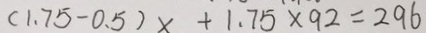
( 1 . 7 5 - 0 . 5 ) x + 1 . 7 5 \times 9 2 = 2 9 6